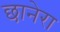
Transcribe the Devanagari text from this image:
छानेरा